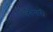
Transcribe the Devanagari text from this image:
ववैखरी